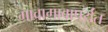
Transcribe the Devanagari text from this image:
गावागावापर्यंत